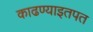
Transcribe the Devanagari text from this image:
काढण्याइतपत